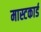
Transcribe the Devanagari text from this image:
मास्टकार्ड